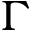
\Gamma